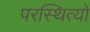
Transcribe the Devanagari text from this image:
परस्थित्यों